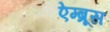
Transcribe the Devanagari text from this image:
ऐम्ब्रूस